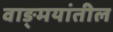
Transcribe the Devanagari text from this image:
वाङ्‍मयांतील